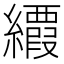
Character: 𦇉